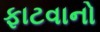
ફાટવાનો